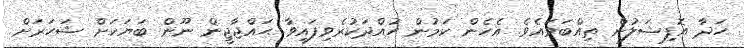
ހަދާ އޮފިޝަލުން ތިއްބަވައެވެ. އެހެން ކަމުން ހުއްދަކުރެވިފައިވާ ޙައްޖާޖީން ނޫން ބަޔަކަށް ޝަހަރަށް